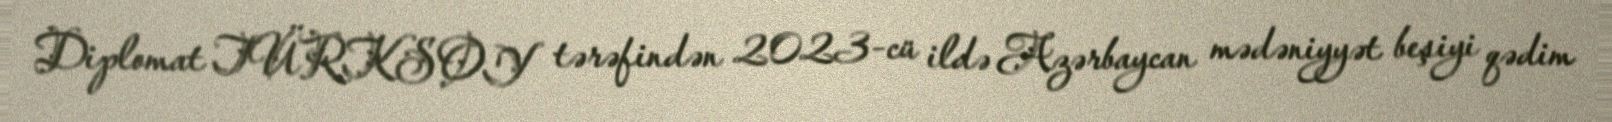
Diplomat TÜRKSOY tərəfindən 2023-cü ildə Azərbaycan mədəniyyət beşiyi qədim